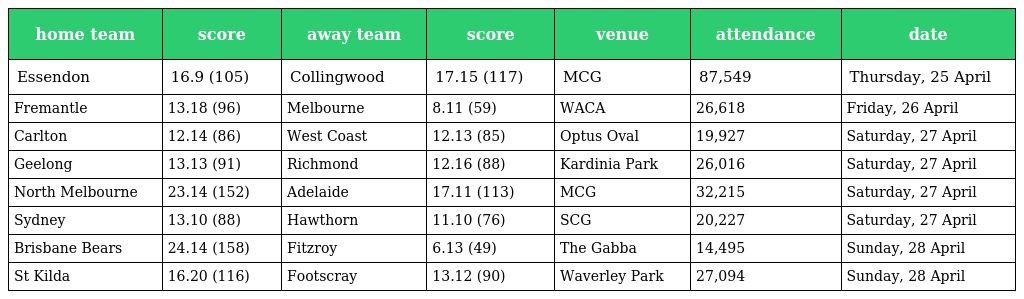
| home team | score | away team | score | venue | attendance | date |
 | --- | --- | --- | --- | --- | --- | --- |
 | Essendon | 16.9 (105) | Collingwood | 17.15 (117) | MCG | 87,549 | Thursday, 25 April |
 | Fremantle | 13.18 (96) | Melbourne | 8.11 (59) | WACA | 26,618 | Friday, 26 April |
 | Carlton | 12.14 (86) | West Coast | 12.13 (85) | Optus Oval | 19,927 | Saturday, 27 April |
 | Geelong | 13.13 (91) | Richmond | 12.16 (88) | Kardinia Park | 26,016 | Saturday, 27 April |
 | North Melbourne | 23.14 (152) | Adelaide | 17.11 (113) | MCG | 32,215 | Saturday, 27 April |
 | Sydney | 13.10 (88) | Hawthorn | 11.10 (76) | SCG | 20,227 | Saturday, 27 April |
 | Brisbane Bears | 24.14 (158) | Fitzroy | 6.13 (49) | The Gabba | 14,495 | Sunday, 28 April |
 | St Kilda | 16.20 (116) | Footscray | 13.12 (90) | Waverley Park | 27,094 | Sunday, 28 April |